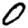
Digit: 0